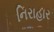
નિરાહાર